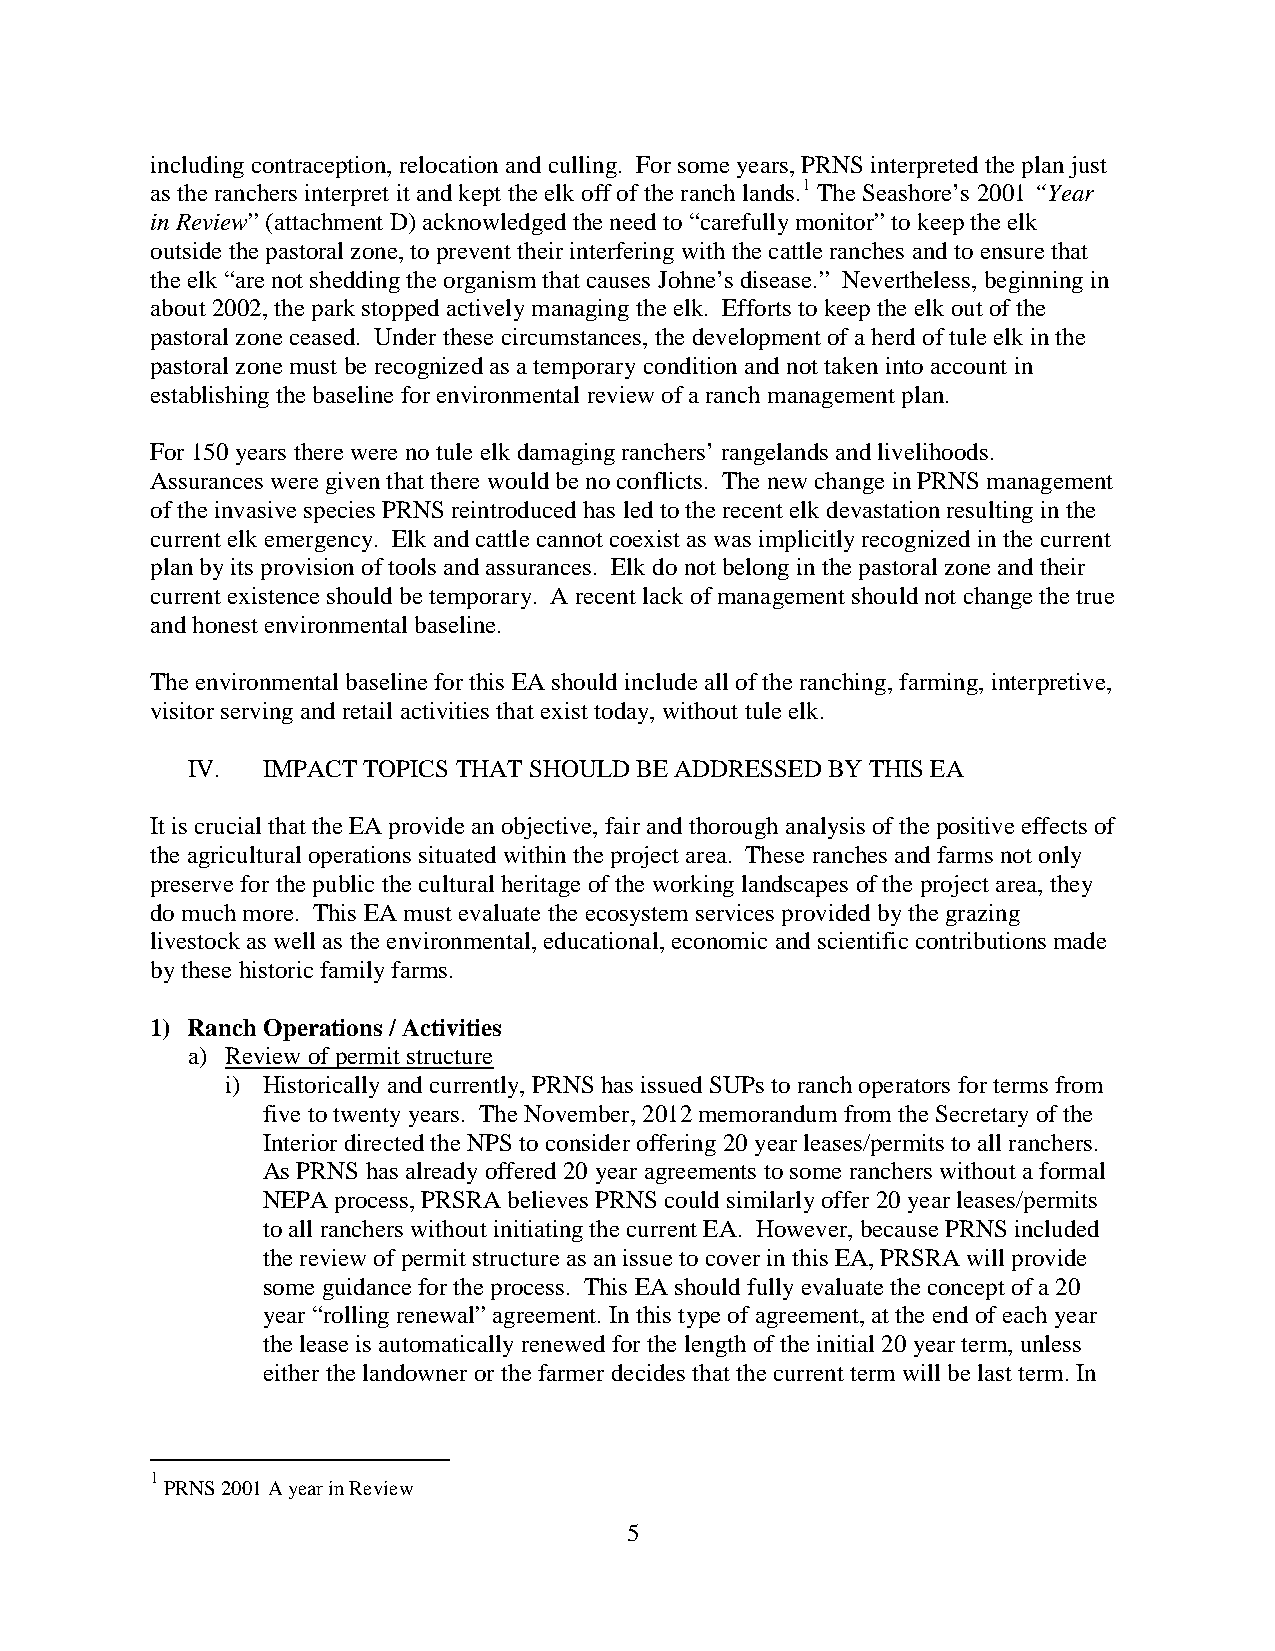
including contraception, relocation and culling. For some years, PRNS interpreted the plan just
 as the ranchers interpret it and kept the elk off of the ranch lands.1 The Seashore’s 2001 “Year
 in Review” (attachment D) acknowledged the need to “carefully monitor” to keep the elk
 outside the pastoral zone, to prevent their interfering with the cattle ranches and to ensure that
 the elk “are not shedding the organism that causes Johne’s disease.” Nevertheless, beginning in
 about 2002, the park stopped actively managing the elk. Efforts to keep the elk out of the
 pastoral zone ceased. Under these circumstances, the development of a herd of tule elk in the
 pastoral zone must be recognized as a temporary condition and not taken into account in
 establishing the baseline for environmental review of a ranch management plan.
 For 150 years there were no tule elk damaging ranchers’ rangelands and livelihoods.
 Assurances were given that there would be no conflicts. The new change in PRNS management
 of the invasive species PRNS reintroduced has led to the recent elk devastation resulting in the
 current elk emergency. Elk and cattle cannot coexist as was implicitly recognized in the current
 plan by its provision of tools and assurances. Elk do not belong in the pastoral zone and their
 current existence should be temporary. A recent lack of management should not change the true
 and honest environmental baseline.
 The environmental baseline for this EA should include all of the ranching, farming, interpretive,
 visitor serving and retail activities that exist today, without tule elk.
 IV.  IMPACT TOPICS THAT SHOULD BE ADDRESSED BY THIS EA
 It is crucial that the EA provide an objective, fair and thorough analysis of the positive effects of
 the agricultural operations situated within the project area. These ranches and farms not only
 preserve for the public the cultural heritage of the working landscapes of the project area, they
 do much more. This EA must evaluate the ecosystem services provided by the grazing
 livestock as well as the environmental, educational, economic and scientific contributions made
 by these historic family farms.
 1) Ranch Operations / Activities
 a) Review of permit structure
 i) Historically and currently, PRNS has issued SUPs to ranch operators for terms from
 five to twenty years. The November, 2012 memorandum from the Secretary of the
 Interior directed the NPS to consider offering 20 year leases/permits to all ranchers.
 As PRNS has already offered 20 year agreements to some ranchers without a formal
 NEPA process, PRSRA believes PRNS could similarly offer 20 year leases/permits
 to all ranchers without initiating the current EA. However, because PRNS included
 the review of permit structure as an issue to cover in this EA, PRSRA will provide
 some guidance for the process. This EA should fully evaluate the concept of a 20
 year “rolling renewal” agreement. In this type of agreement, at the end of each year
 the lease is automatically renewed for the length of the initial 20 year term, unless
 either the landowner or the farmer decides that the current term will be last term. In
 1
 PRNS 2001 A year in Review
 5